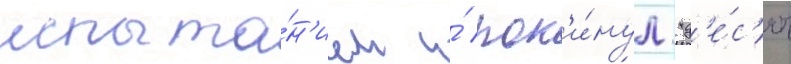
испыта́н'ием и́ пок'и́нул "д'е́с'ять